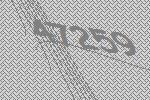
47259